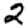
Digit: 2